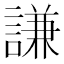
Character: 謙